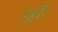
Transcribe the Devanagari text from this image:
थुरी